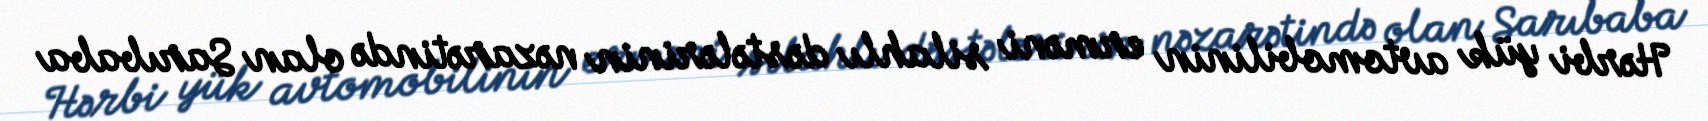
Hərbi yük avtomobilinin erməni silahlı dəstələrinin nəzarətində olan Sarıbaba